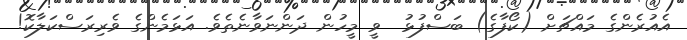
އެއުރެންގެ މައްޗަށް (ކޯފާގެ) ބަސްފުޅު  ވީ މީހުން ދަންނަވާނެތެވެ. އަޅަމެންގެ ވެރިރަސްކަލާކޮ!